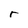
Character: r